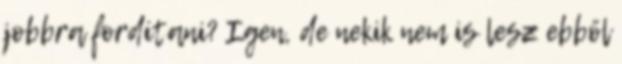
jobbra fordítani? Igen, de nekik nem is lesz ebből